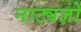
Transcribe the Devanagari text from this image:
नाट्यज्ञों